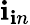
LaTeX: \mathbf{i}_{\mathbf{i}n}